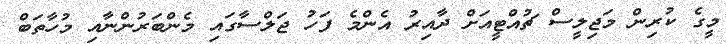
މީގެ ކުރިން މަޖިލީސް ޗުއްޓީއަށް ދާއިރު އެންމެ ފަހު ޖަލްސާގައި މެންބަރުންނާއި މުހާތަބް